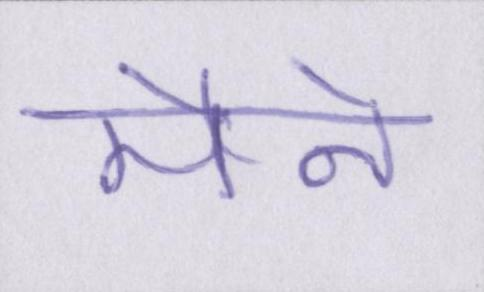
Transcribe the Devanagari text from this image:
मैने